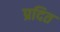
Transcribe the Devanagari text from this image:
प्रदित